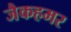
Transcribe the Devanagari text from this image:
जैकहमर